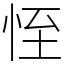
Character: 恎